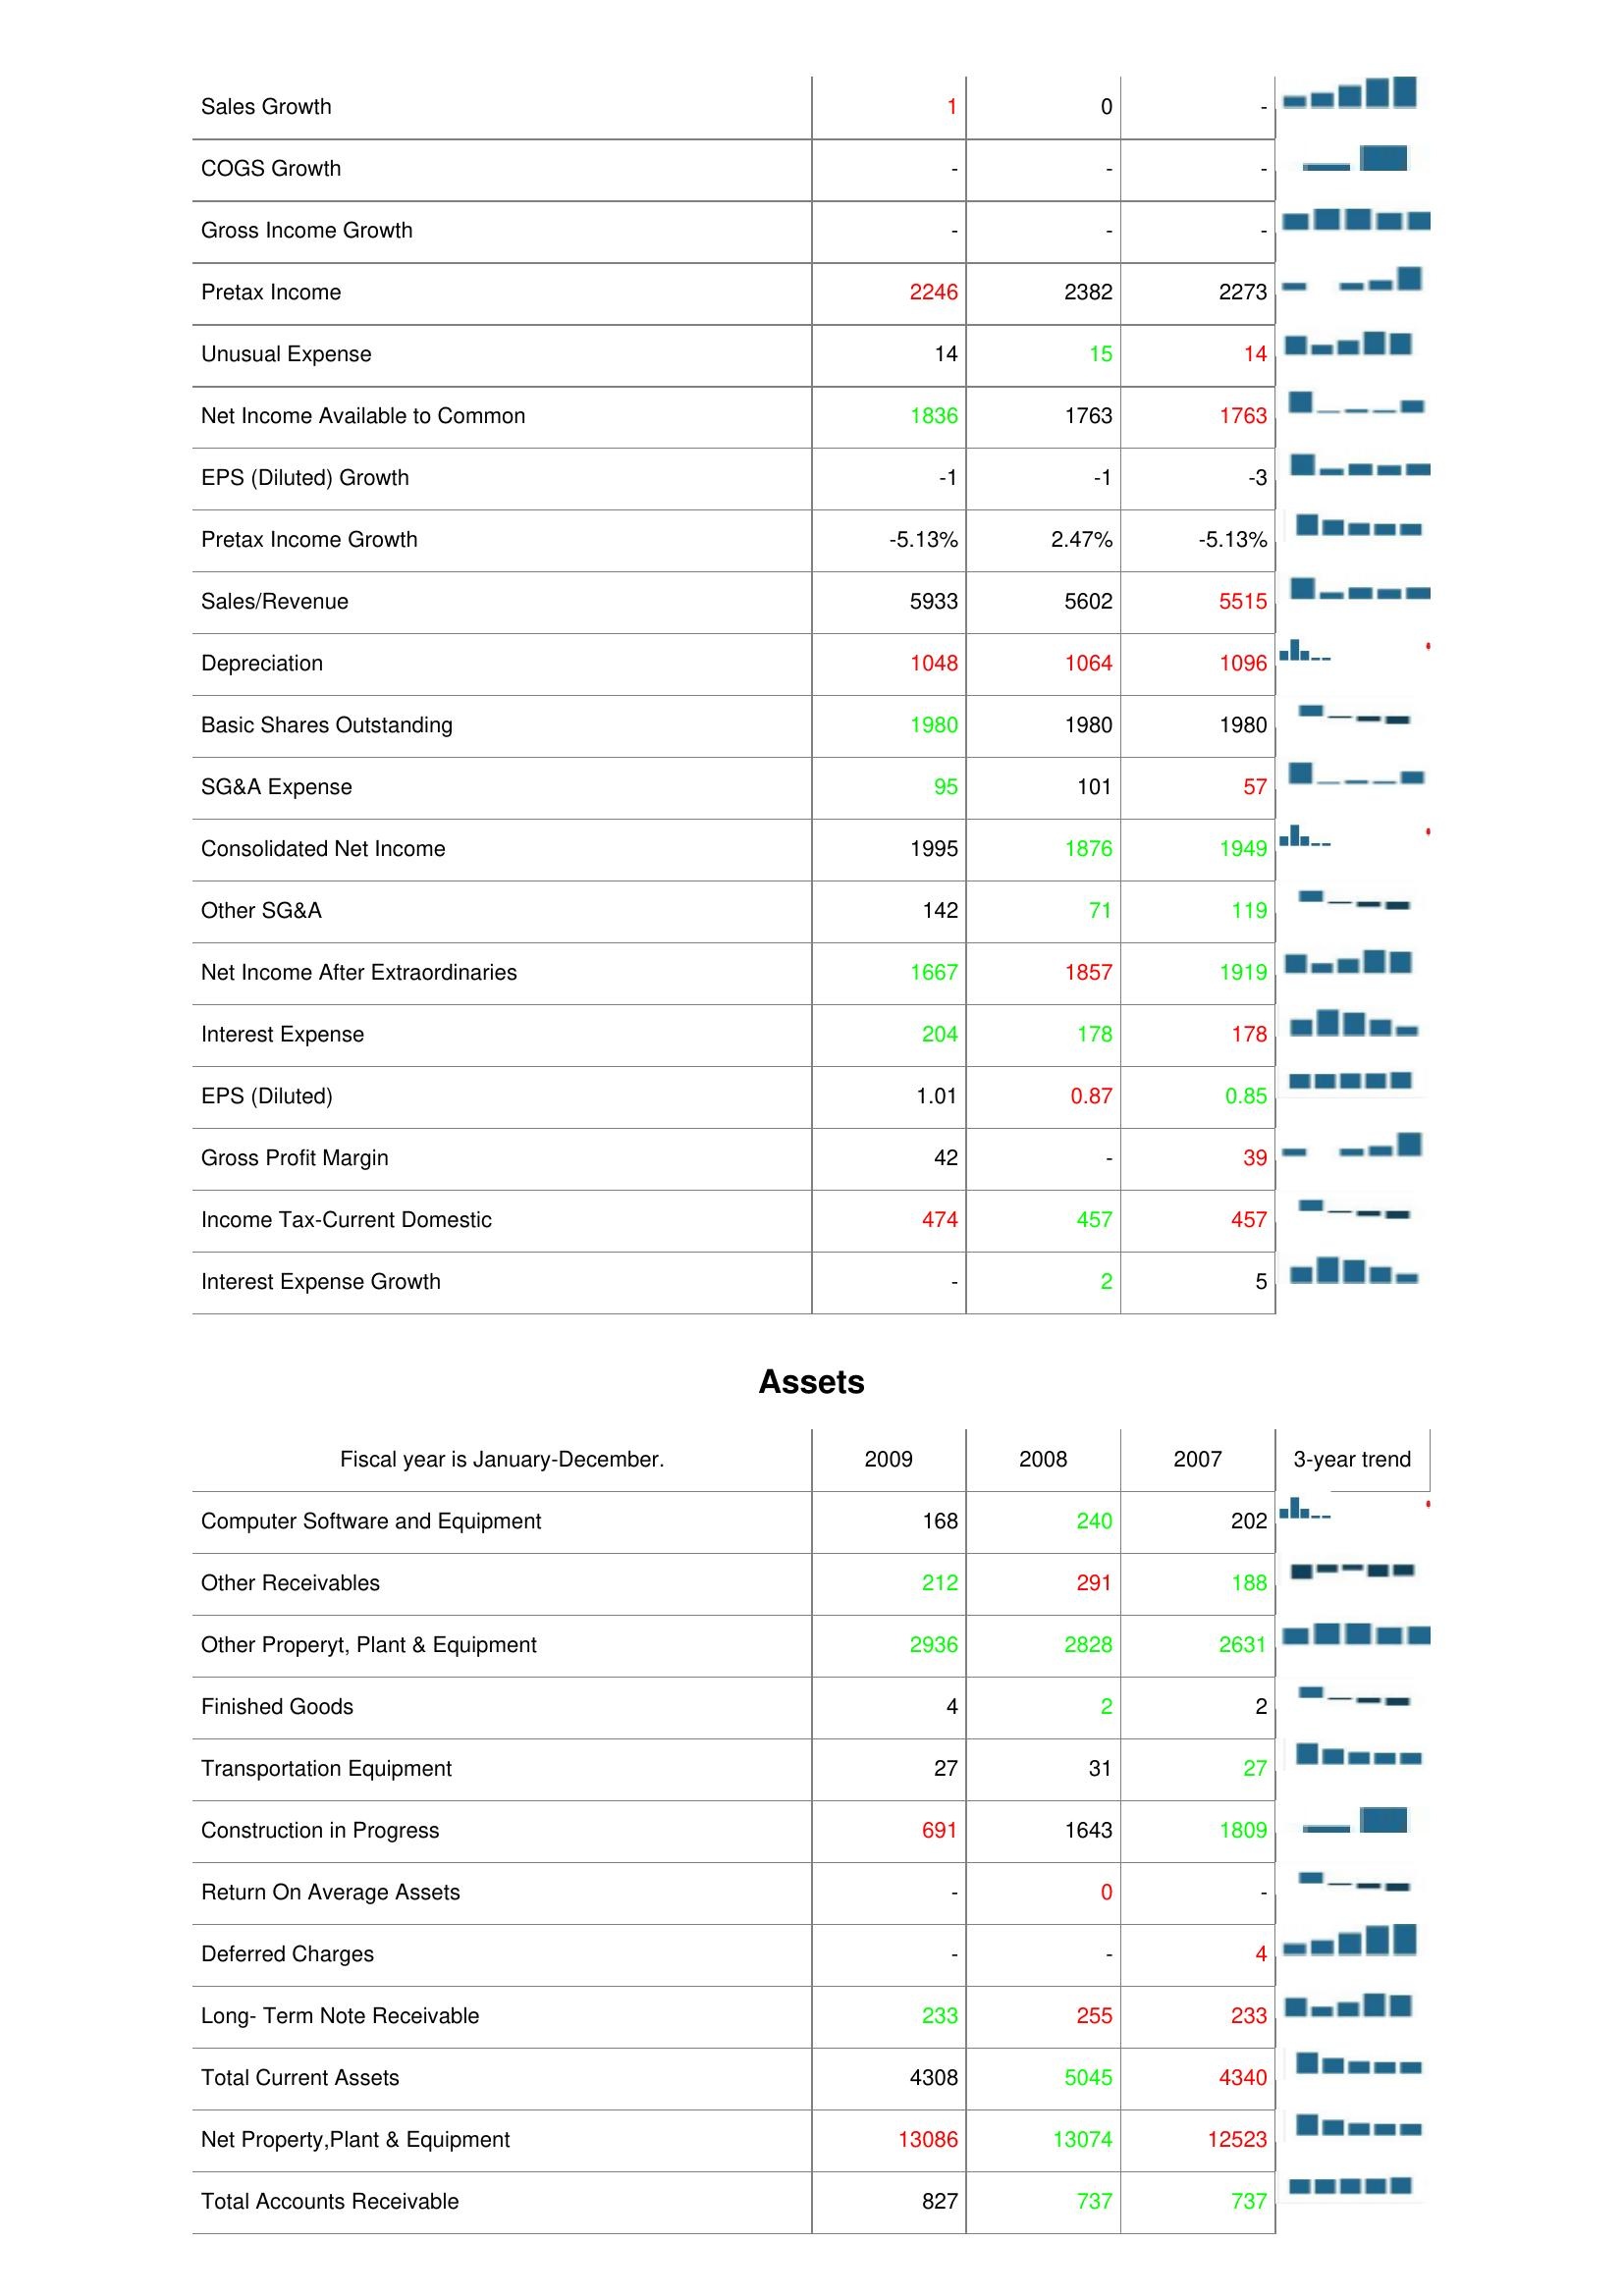
2009: : Sales Growth: 1
COGS Growth: -
Gross Income Growth: -
Pretax Income: 2246
Unusual Expense: 14
Net Income Available to Common: 1836
EPS (Diluted) Growth: -1
Pretax Income Growth: -5.13%
Sales/Revenue: 5933
Depreciation: 1048
Basic Shares Outstanding: 1980
SG&A Expense: 95
Consolidated Net Income: 1995
Other SG&A: 142
Net Income After Extraordinaries: 1667
Interest Expense: 204
EPS (Diluted): 1.01
Gross Profit Margin: 42
Income Tax-Current Domestic: 474
Interest Expense Growth: -
Assets: Computer Software and Equipment: 168
Other Receivables: 212
Other Properyt, Plant & Equipment: 2936
Finished Goods: 4
Transportation Equipment: 27
Construction in Progress: 691
Return On Average Assets: -
Deferred Charges: -
Long- Term Note Receivable: 233
Total Current Assets: 4308
Net Property,Plant & Equipment: 13086
Total Accounts Receivable: 827
2008: : Sales Growth: 0
COGS Growth: -
Gross Income Growth: -
Pretax Income: 2382
Unusual Expense: 15
Net Income Available to Common: 1763
EPS (Diluted) Growth: -1
Pretax Income Growth: 2.47%
Sales/Revenue: 5602
Depreciation: 1064
Basic Shares Outstanding: 1980
SG&A Expense: 101
Consolidated Net Income: 1876
Other SG&A: 71
Net Income After Extraordinaries: 1857
Interest Expense: 178
EPS (Diluted): 0.87
Gross Profit Margin: -
Income Tax-Current Domestic: 457
Interest Expense Growth: 2
Assets: Computer Software and Equipment: 240
Other Receivables: 291
Other Properyt, Plant & Equipment: 2828
Finished Goods: 2
Transportation Equipment: 31
Construction in Progress: 1643
Return On Average Assets: 0
Deferred Charges: -
Long- Term Note Receivable: 255
Total Current Assets: 5045
Net Property,Plant & Equipment: 13074
Total Accounts Receivable: 737
2007: : Sales Growth: -
COGS Growth: -
Gross Income Growth: -
Pretax Income: 2273
Unusual Expense: 14
Net Income Available to Common: 1763
EPS (Diluted) Growth: -3
Pretax Income Growth: -5.13%
Sales/Revenue: 5515
Depreciation: 1096
Basic Shares Outstanding: 1980
SG&A Expense: 57
Consolidated Net Income: 1949
Other SG&A: 119
Net Income After Extraordinaries: 1919
Interest Expense: 178
EPS (Diluted): 0.85
Gross Profit Margin: 39
Income Tax-Current Domestic: 457
Interest Expense Growth: 5
Assets: Computer Software and Equipment: 202
Other Receivables: 188
Other Properyt, Plant & Equipment: 2631
Finished Goods: 2
Transportation Equipment: 27
Construction in Progress: 1809
Return On Average Assets: -
Deferred Charges: 4
Long- Term Note Receivable: 233
Total Current Assets: 4340
Net Property,Plant & Equipment: 12523
Total Accounts Receivable: 737